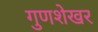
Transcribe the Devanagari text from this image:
गुणशेखर